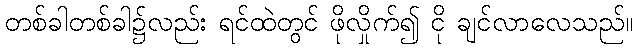
တစ်ခါတစ်ခါ၌လည်း ရင်ထဲတွင် ဖိုလှိုက်၍ ငို ချင်လာလေသည်။